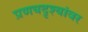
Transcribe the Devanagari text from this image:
प्रणयदृश्यांवर